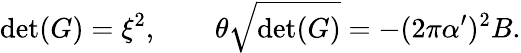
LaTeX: \operatorname*{det}(G)=\xi^{2},\qquad\theta\sqrt{\operatorname*{det}(G)}=-(2\pi\alpha^{\prime})^{2}B.